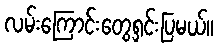
လမ်းကြောင်းတွေရှင်းပြမယ်။